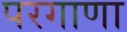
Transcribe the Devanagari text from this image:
परगाणा